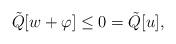
LaTeX: \begin{align*}\tilde{Q}[w+\varphi]\le 0=\tilde{Q}[u],\end{align*}